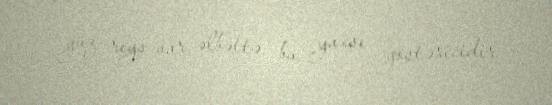
yüz reys var, əlbəttə, bu, yaxşı göstəricidir.